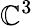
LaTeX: \mathbb{C}^{3}